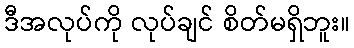
ဒီအလုပ်ကို လုပ်ချင် စိတ်မရှိဘူး။